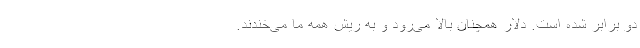
دو برابر شده است. دلار همچنان بالا می‌رود و به ریش همه ما می‌خندند.